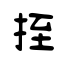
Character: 挃